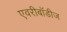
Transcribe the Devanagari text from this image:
एवरीबॉडीज